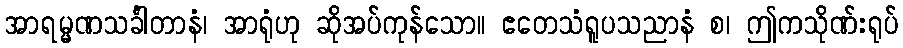
အာရမ္မဏသင်္ခါတာနံ၊ အာရုံဟု ဆိုအပ်ကုန်သော။ ဧတေသံရူပသညာနံ စ၊ ဤကသိုဏ်းရုပ်